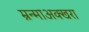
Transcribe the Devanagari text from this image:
म्रन्माअक्खरा